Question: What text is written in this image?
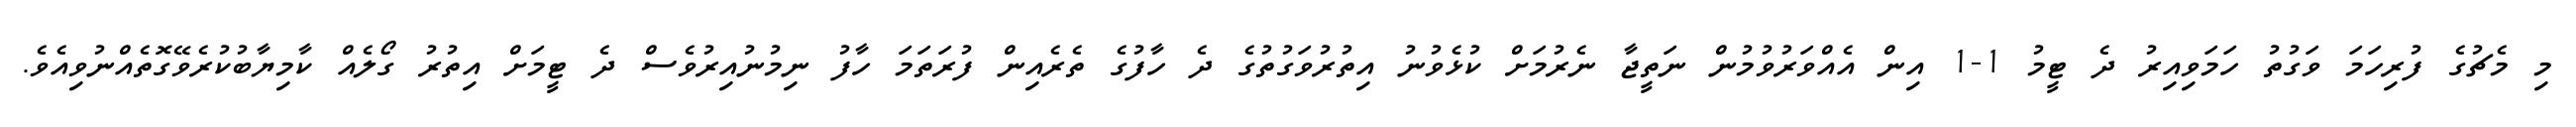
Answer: މި މެޗުގެ ފުރިހަމަ ވަގުތު ހަމަވިއިރު ދެ ޓީމު 1-1 އިން އެއްވަރުވުމުން ނަތީޖާ ނެރުމަށް ކުޅެވުނު އިތުރުވަގުތުގެ ދެ ހާފުގެ ތެރެއިން ފުރަތަމަ ހާފު ނިމުނުއިރުވެސް ދެ ޓީމަށް އިތުރު ގޯލެއް ކާމިޔާބުކުރެވޭގޮތެއްނުވިއެވެ.